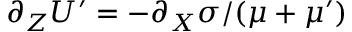
\partial _ { Z } U ^ { \prime } = - \partial _ { X } \sigma / ( \mu + \mu ^ { \prime } )